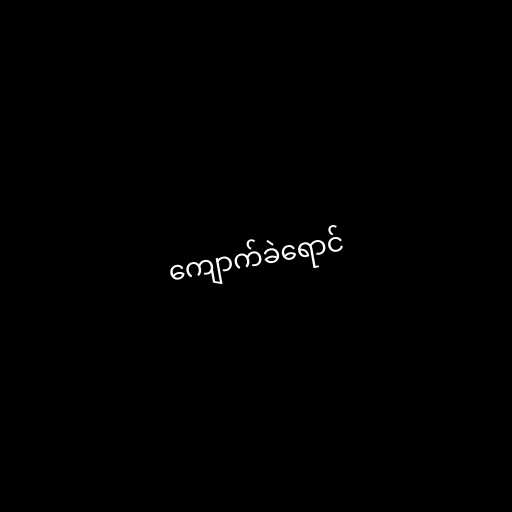
ကျောက်ခဲရောင်